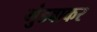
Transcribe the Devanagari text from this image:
मुंडवाकर